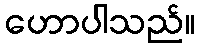
ဟောပါသည်။